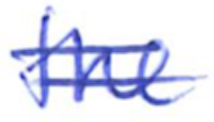
Text: the
Cross-out: double-line
Writing tool: ballpoint